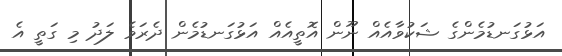
އަޅުގަނޑުމެންގެ ޝަކުވާއެއް ނޫން އޮތީއެއް އަޅުގަނޑުމެން ދެރަވެ ލަދު މި ގަތީ އެ